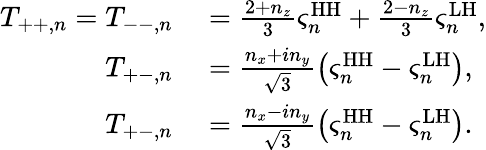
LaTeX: \begin{array}{rl}{T_{++,n}=T_{--,n}}&{{}=\frac{2+n_{z}}{3}\varsigma_{n}^{\mathrm{HH}}+\frac{2-n_{z}}{3}\varsigma_{n}^{\mathrm{LH}},}\\ {T_{+-,n}}&{{}=\frac{n_{x}+in_{y}}{\sqrt{3}}\left(\varsigma_{n}^{\mathrm{HH}}-\varsigma_{n}^{\mathrm{LH}}\right),}\\ {T_{+-,n}}&{{}=\frac{n_{x}-in_{y}}{\sqrt{3}}\left(\varsigma_{n}^{\mathrm{HH}}-\varsigma_{n}^{\mathrm{LH}}\right).}\end{array}